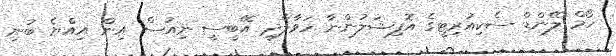
ހޯމް ލޭންޑް ސެކިއުރިޓީގެ އޮފިޝަލުންނާ ހަވާލާދީ އޭބީސީ ނިއުސް އިން އިއްޔެ ބުނި